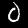
Label: 0